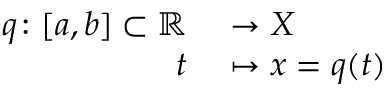
\begin{array} { r l } { { \boldsymbol { q } } \colon [ a , b ] \subset \mathbb { R } } & { { } \to X } \\ { t } & { { } \mapsto x = { \boldsymbol { q } } ( t ) } \end{array}